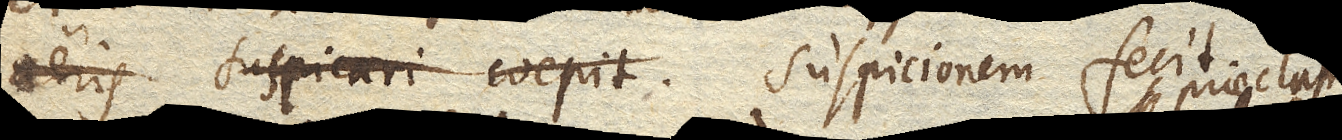
suspicionem fecit. Quam